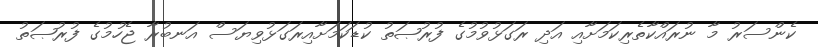
ކެންސަރު މާ ނުރައްކާތެރިކަމަށާއި އަދި ރަގަޅުވުމުގެ ފުރުޞަތު ކުޑަކަމަށާއިރަގަޅުވިޔަސް އަނބުރާ ޖެހުމުގެ ފުުރުޞަތު